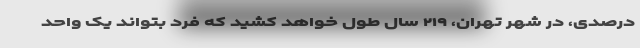
درصدی، در شهر تهران، ۲۱۹ سال طول خواهد کشید که فرد بتواند یک واحد